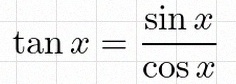
\tan x=\frac{\sin x}{\cos x}